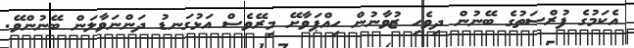
އެކަމުގެ ފުރްޞަތުގެ ބޭނުން ދިވެހި ޒުވާނުން ހިއްޕަވާށޭ މިރޭވެސް އަޅުގަނޑު ދަންނަވާލަން ބޭނުންވޭ.